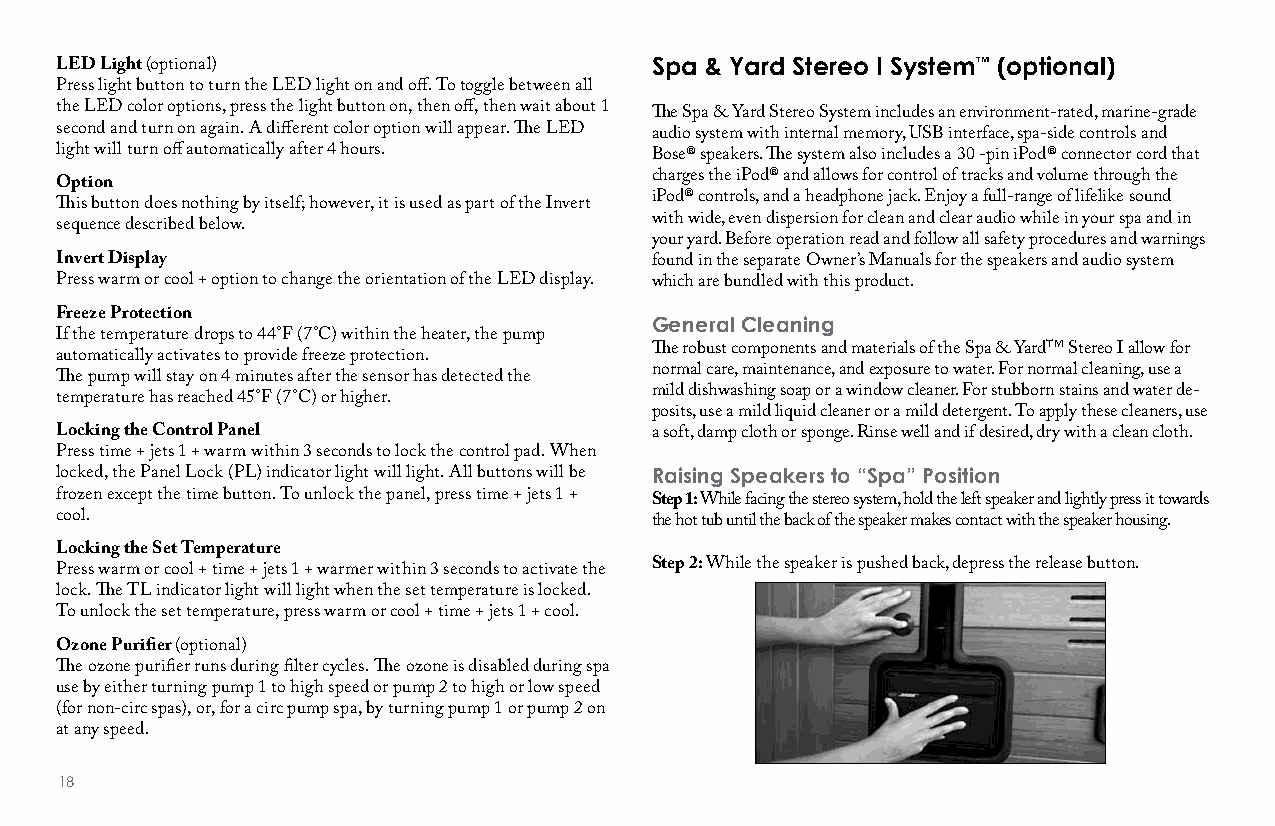
Spa & Yard Stereo I System™ (optional)
 LED Light (optional)
 Press light button to turn the LED light on and off. To toggle between all
 the LED color options, press the light button on, then off, then wait about 1 The Spa & Yard Stereo System includes an environment-rated, marine-grade
 second and turn on again. A different color option will appear. The LED audio system with internal memory, USB interface, spa-side controls and
 light will turn off automatically after 4 hours. Bose® speakers. The system also includes a 30 -pin iPod® connector cord that
 charges the iPod® and allows for control of tracks and volume through the
 Option
 iPod® controls, and a headphone jack. Enjoy a full-range of lifelike sound
 This button does nothing by itself; however, it is used as part of the Invert
 with wide, even dispersion for clean and clear audio while in your spa and in
 sequence described below.
 your yard. Before operation read and follow all safety procedures and warnings
 Invert Display                         found in the separate Owner’s Manuals for the speakers and audio system
 Press warm or cool + option to change the orientation of the LED display. which are bundled with this product.
 Freeze Protection                      General Cleaning
 If the temperature drops to 44°F (7°C) within the heater, the pump
 The robust components and materials of the Spa & YardTM Stereo I allow for
 automatically activates to provide freeze protection.
 normal care, maintenance, and exposure to water. For normal cleaning, use a
 The pump will stay on 4 minutes after the sensor has detected the
 mild dishwashing soap or a window cleaner. For stubborn stains and water de-
 temperature has reached 45°F (7°C) or higher.
 posits, use a mild liquid cleaner or a mild detergent. To apply these cleaners, use
 Locking the Control Panel              a soft, damp cloth or sponge. Rinse well and if desired, dry with a clean cloth.
 Press time + jets 1 + warm within 3 seconds to lock the control pad. When
 locked, the Panel Lock (PL) indicator light will light. All buttons will be raising Speakers to “Spa” Position
 frozen except the time button. To unlock the panel, press time + jets 1 + Step 1: While facing the stereo system, hold the left speaker and lightly press it towards
 cool.                                  the hot tub until the back of the speaker makes contact with the speaker housing.
 Locking the Set Temperature
 Step 2: While the speaker is pushed back, depress the release button.
 Press warm or cool + time + jets 1 + warmer within 3 seconds to activate the
 lock. The TL indicator light will light when the set temperature is locked.
 To unlock the set temperature, press warm or cool + time + jets 1 + cool.
 Ozone Purifier (optional)
 The ozone purifier runs during filter cycles. The ozone is disabled during spa
 use by either turning pump 1 to high speed or pump 2 to high or low speed
 (for non-circ spas), or, for a circ pump spa, by turning pump 1 or pump 2 on
 at any speed.
 18